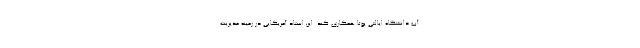
آب دانشگاه ایالتی یوتا همکاری کند. این استاد آمریکایی در زمینه مدیریت